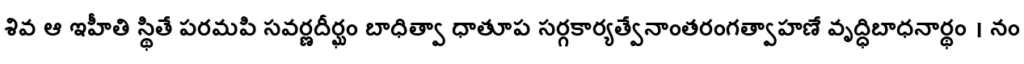
శివ ఆ ఇహీతి స్థితే పరమపి సవర్ణదీర్ఘం బాధిత్వా ధాతూప సర్గకార్యత్వేనాంతరంగత్వాహణే వృద్ధిబాధనార్థం । నం